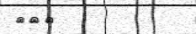
١١٦